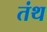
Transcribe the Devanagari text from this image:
तंथ